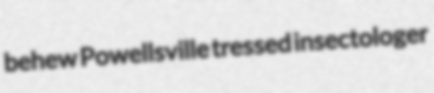
behew Powellsville tressed insectologer